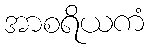
အာစရိယကံ